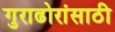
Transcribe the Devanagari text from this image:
गुराढोरांसाठी